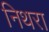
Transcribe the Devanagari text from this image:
निथरा